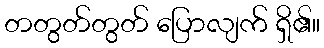
တတွတ်တွတ် ပြောလျက် ရှိ၏။